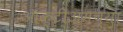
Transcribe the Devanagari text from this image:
ऑक्टीअमच्या